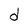
Character: d